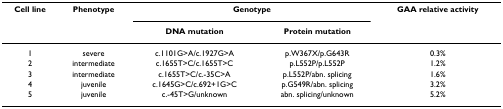
<table><thead><tr><td><b>Cell line</b></td><td><b>Phenotype</b></td><td colspan="2"><b>Genotype</b></td><td><b>GAA relative activity</b></td></tr><tr><td></td><td></td><td><b>DNA mutation</b></td><td><b>Protein mutation</b></td><td></td></tr></thead><tbody><tr><td>1</td><td>severe</td><td>c.1101G&gt;A/c.1927G&gt;A</td><td>p.W367X/p.G643R</td><td>0.3%</td></tr><tr><td>2</td><td>intermediate</td><td>c.1655T&gt;C/c.1655T&gt;C</td><td>p.L552P/p.L552P</td><td>1.2%</td></tr><tr><td>3</td><td>intermediate</td><td>c.1655T&gt;C/c.-35C&gt;A</td><td>p.L552P/abn. splicing</td><td>1.6%</td></tr><tr><td>4</td><td>juvenile</td><td>c.1645G&gt;C/c.692+1G&gt;C</td><td>p.G549R/abn. splicing</td><td>3.2%</td></tr><tr><td>5</td><td>juvenile</td><td>c.-45T&gt;G/unknown</td><td>abn. splicing/unknown</td><td>5.2%</td></tr></tbody></table>